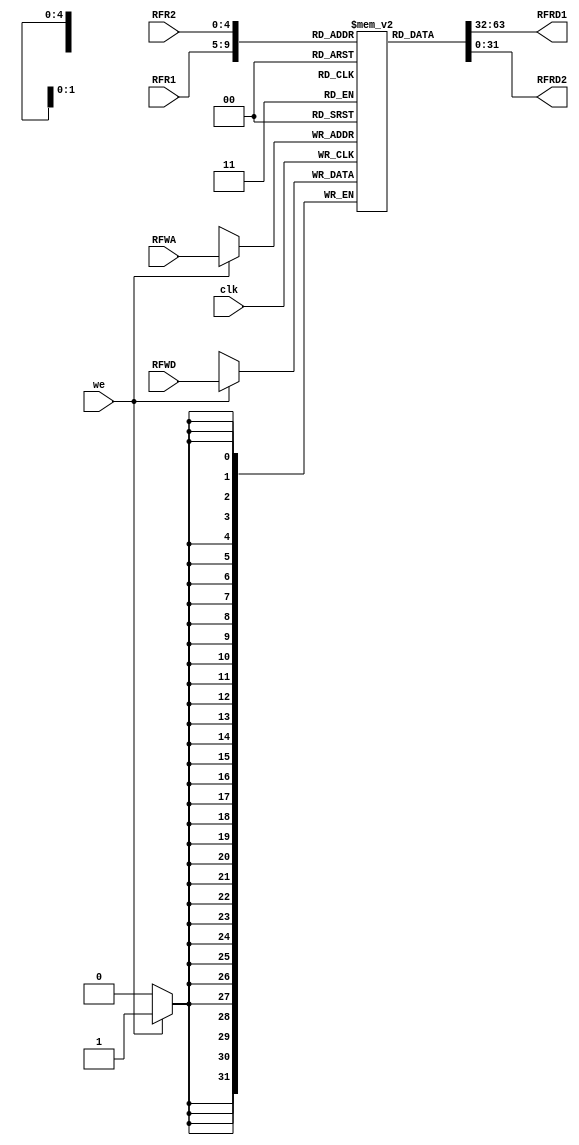
`timescale 1ns / 1ps
//////////////////////////////////////////////////////////////////////////////////
// Company: 
// Engineer: 
// 
// Design Name: 
// Module Name: register_file
// Project Name: 
// Target Devices: 
// Tool Versions: 
// Description: 
// 
// Dependencies: 
// 
// Revision:
// Revision 0.01 - File Created
// Additional Comments:
// 
//////////////////////////////////////////////////////////////////////////////////


module register_file #(parameter WORD_SIZE = 32, ADDRESS = 5)
                      (input [ADDRESS - 1: 0] RFR1, RFR2, RFWA, 
                       input [WORD_SIZE - 1: 0] RFWD,
                       input clk, we,
                       output [WORD_SIZE - 1 : 0] RFRD1,
                       output [WORD_SIZE - 1 : 0] RFRD2);

    reg [WORD_SIZE - 1 : 0] rfMem [0 : 2**ADDRESS - 1]; //creates the memory array for rf.
    integer i;
    
    initial begin
        for (i = 0; i < 32; i = i + 1) begin
            rfMem[i] = 0;
        end
    end
        
    always @ (posedge clk) begin    //synchronous write.
        if (we) begin               //writes only when write-enable is 1.
            rfMem[RFWA] <= RFWD; //writes data on RFWD into address RFWA.
        end
    end
    
    assign RFRD1 = rfMem[RFR1]; //asynchronous read of address RFR1.
    assign RFRD2 = rfMem[RFR2]; //asynchronous read of address RFR2.
    
endmodule